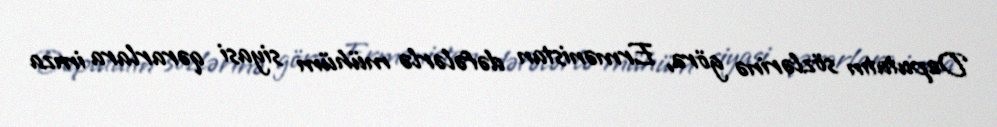
Deputatın sözlərinə görə, Ermənistan dəfələrlə mühüm siyasi qərarlara imza